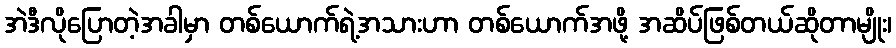
အဲဒီလိုပြောတဲ့အခါမှာ တစ်ယောက်ရဲ့အသားဟာ တစ်ယောက်အဖို့ အဆိပ်ဖြစ်တယ်ဆိုတာမျိုး၊